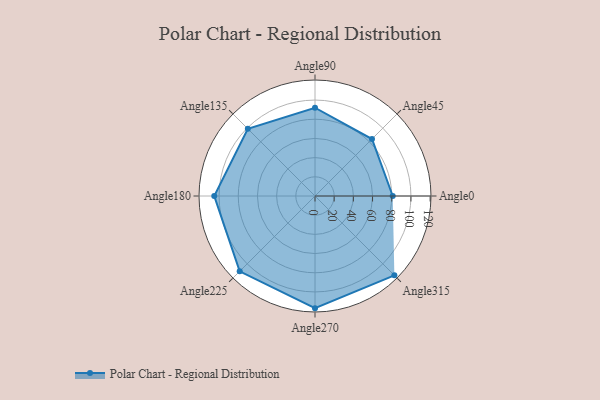
{"axis": {"x": "Angle", "y": "Radius"}, "legend": [""], "data": [{"x": "Angle0", "y": 81.0, "type": ""}, {"x": "Angle45", "y": 84.0, "type": ""}, {"x": "Angle90", "y": 92.0, "type": ""}, {"x": "Angle135", "y": 99.0, "type": ""}, {"x": "Angle180", "y": 105.0, "type": ""}, {"x": "Angle225", "y": 111.0, "type": ""}, {"x": "Angle270", "y": 117.0, "type": ""}, {"x": "Angle315", "y": 117.0, "type": ""}]}